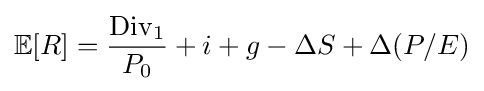
\mathbb {E} [R]={\frac {\mathrm {Div} _{1}}{P_{0}}}+i+g-\Delta S+\Delta (P/E)